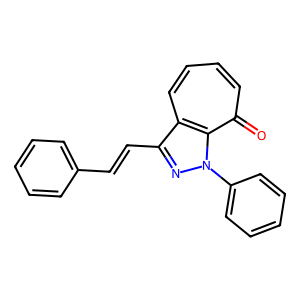
SMILES: O=c1ccccc2c(C=Cc3ccccc3)nn(-c3ccccc3)c12
Inhibits HIV replication: No